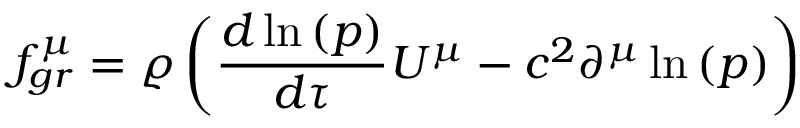
f _ { g r } ^ { \mu } = \varrho \left( \frac { d { \, \ln { ( p ) } } } { d \tau } U ^ { \mu } - c ^ { 2 } \partial ^ { \mu } \ln { ( p ) } \right)